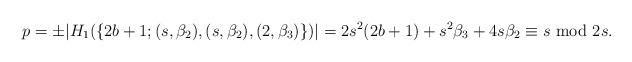
LaTeX: \begin{align*}p = \pm|H_1(\{2b + 1; (s,\beta_2),(s,\beta_2),(2,\beta_3)\})| = 2s^2(2b+1) + s^2\beta_3+4s\beta_2 \equiv s \mbox{ mod } 2s.\end{align*}